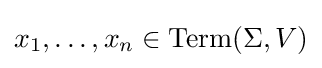
x_{1},\ldots ,x_{n}\in \mathrm {Term} (\Sigma ,V)